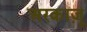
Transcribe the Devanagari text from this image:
अरकाज़ू